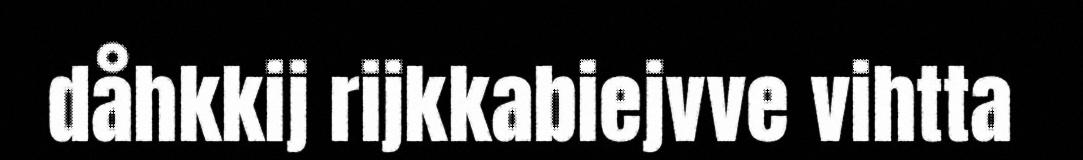
dåhkkij rijkkabiejvve vihtta